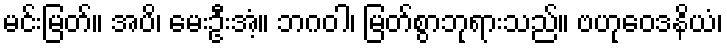
မင်းမြတ်။ အပိ၊ မေးဦးအံ့။ ဘဂဝါ၊ မြတ်စွာဘုရားသည်။ ဗဟုဝေဒနိယံ၊